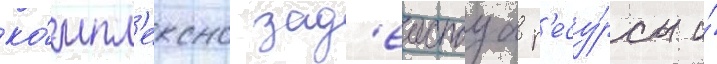
ко́мпл'ексно зад'еиствуа р'есу́рсы и́